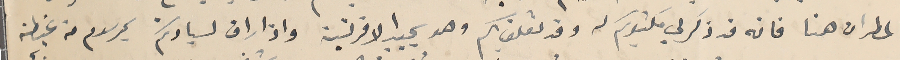
المطران هنا فانه قد ذكر لي مكتوبكم له وقد تعلق بكم وهو يجيد الافرنسية واذا راق لسيادتكم بمرسوم من غبطته